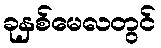
ခုနှစ်မေလတွင်